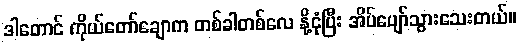
ဒါတောင် ကိုယ်တော်ချောက တစ်ခါတစ်လေ နို့ငုံပြီး အိပ်ပျော်သွားသေးတယ်။